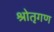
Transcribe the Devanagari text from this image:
श्रोतृगण